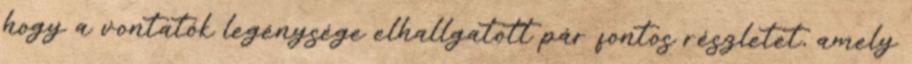
hogy a vontatók legénysége elhallgatott pár fontos részletet, amely